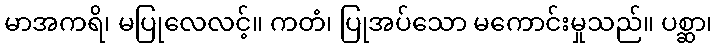
မာအကရိ၊ မပြုလေလင့်။ ကတံ၊ ပြုအပ်သော မကောင်းမှုသည်။ ပစ္ဆာ၊